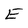
Character: E